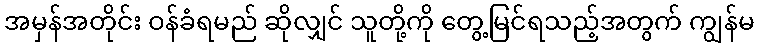
အမှန်အတိုင်း ဝန်ခံရမည် ဆိုလျှင် သူတို့ကို တွေ့မြင်ရသည့်အတွက် ကျွန်မ